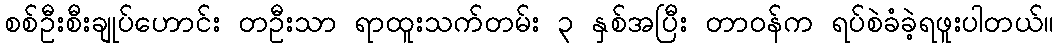
စစ်ဦးစီးချုပ်ဟောင်း တဦးသာ ရာထူးသက်တမ်း ၃ နှစ်အပြီး တာဝန်က ရပ်စဲခံခဲ့ရဖူးပါတယ်။